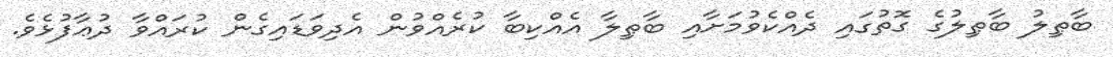
ބާޠިލު ބާޠިލުގެ ގޮތުގައި ދެއްކެވުމަށާއި ބާޠިލާ އެއްކިބާ ކުރެއްވުން އެދިވަޑައިގެން ކުރައްވާ ދުޢާފުޅެވެ.